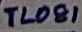
Text: TL081